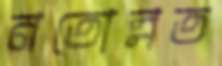
নতোন্নত